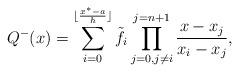
LaTeX: \begin{align*}\begin{aligned}Q^-(x)=\sum_{i=0}^{\lfloor \frac{x^*-a}{h}\rfloor}\tilde{f_i} \prod_{j=0, j\neq i}^{j=n+1}\dfrac{x-x_j}{x_i-x_j},\\\end{aligned}\end{align*}